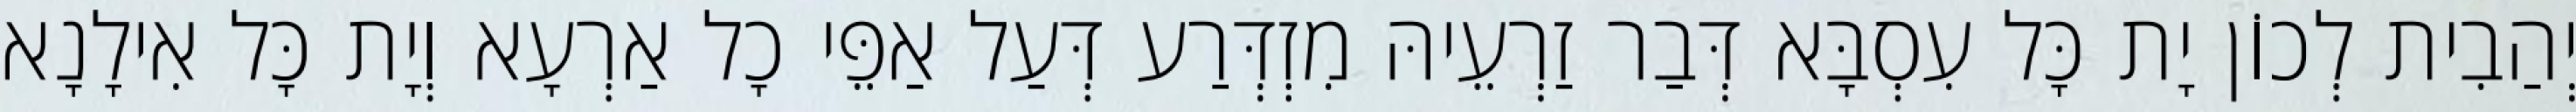
יְהַבִית לְכוֹן יָת כָּל עִסְבָּא דְּבַר זַרְעֵיהּ מִזְדְּרַע דְּעַל אַפֵּי כָל אַרְעָא וְיָת כָּל אִילָנָא